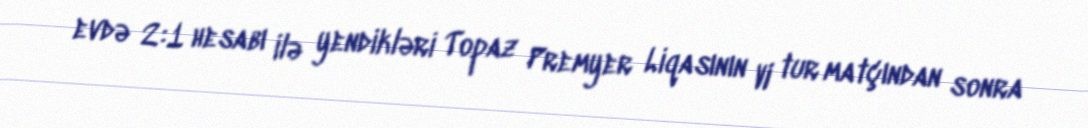
evdə 2:1 hesabı ilə yendikləri Topaz Premyer Liqasının VI tur matçından sonra